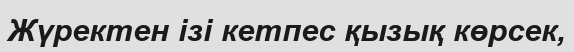
Жүректен ізі кетпес қызық көрсек,